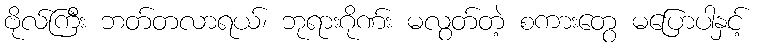
ဗိုလ်ကြီး ဘတ်တလာရယ်၊ ဘုရားဂိုဏ်း မလွတ်တဲ့ စကားတွေ မပြောပါနှင့်